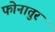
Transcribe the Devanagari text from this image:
फोनातुर